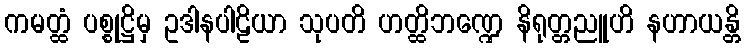
ကမတ္ထံ ပစ္စုဋ္ဌိမှ ဥဒါနပါဠိယာ သုပတိ ဟတ္ထိဘဏ္ဍေ နိရုတ္တညူဟိ နဟာယန္တိ